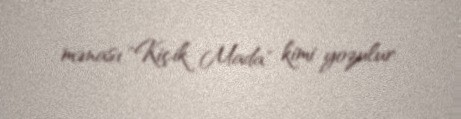
mənası "Kiçik Mada" kimi yozulur.